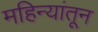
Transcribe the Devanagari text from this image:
महिन्‍यांतून